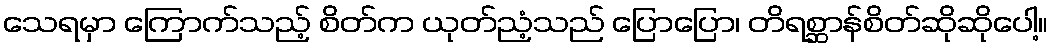
သေရမှာ ကြောက်သည့် စိတ်က ယုတ်ညံ့သည် ပြောပြော၊ တိရစ္ဆာန်စိတ်ဆိုဆိုပေါ့။